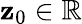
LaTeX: \mathbf{z}_{0}\in\mathbb{{R}}